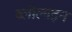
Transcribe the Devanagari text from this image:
ब्लोलाइन